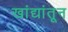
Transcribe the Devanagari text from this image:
खांद्यांतून